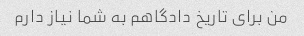
من برای تاریخ دادگاهم به شما نیاز دارم